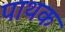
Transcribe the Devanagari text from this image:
पाथक